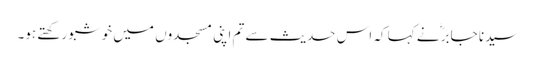
سیدنا جابرؓ نے کہا کہ اس حدیث سے تم اپنی مسجدوں میں خوشبو رکھتے ہو۔